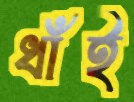
ধাঁই